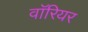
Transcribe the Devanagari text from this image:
वाॅरियर